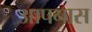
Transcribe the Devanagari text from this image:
आपनास